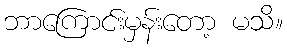
ဘာကြောင်းမှန်းတော့ မသိ။